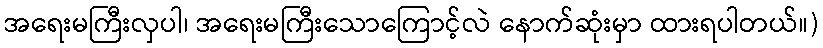
အရေးမကြီးလှပါ၊ အရေးမကြီးသောကြောင့်လဲ နောက်ဆုံးမှာ ထားရပါတယ်။)